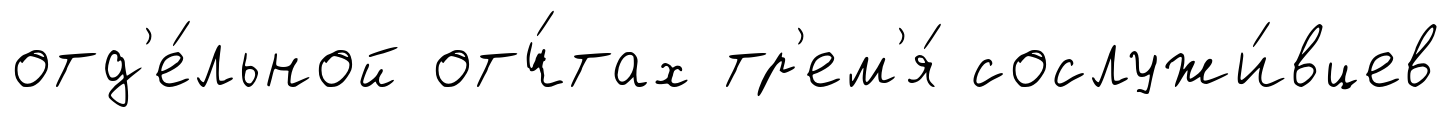
отд'е́льной отч́тах тр'ем'я́ сослужи́вцев